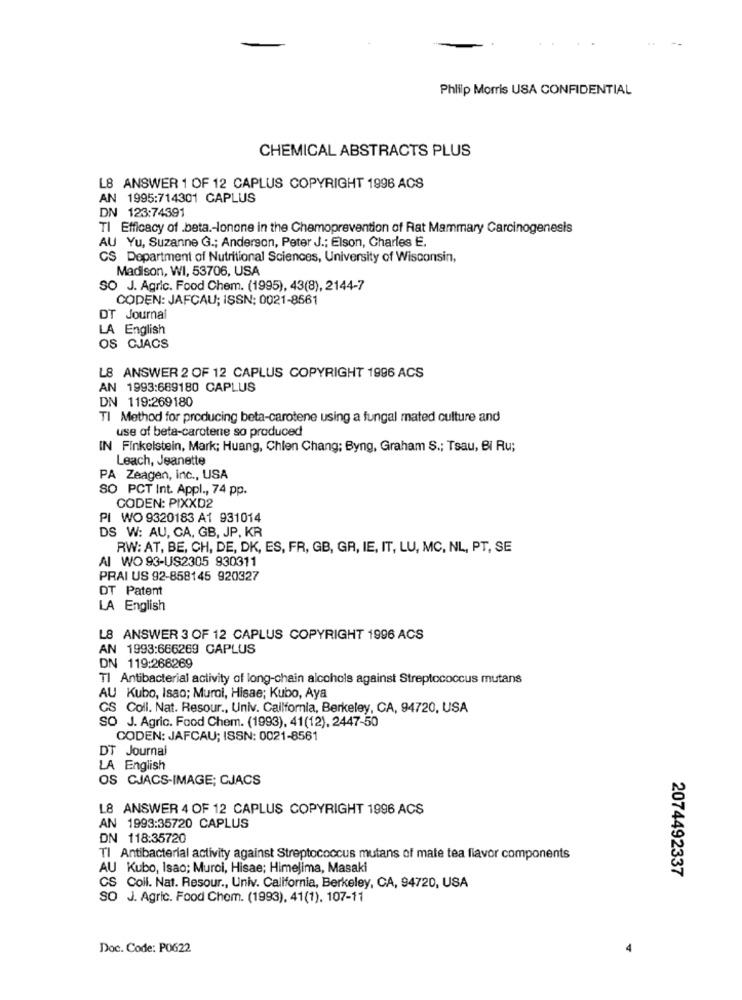
Philip Morris USA CONFIDENTIAL
CHEMICAL ABSTRACTS PLUS
L8 ANSWER 1 OF 12 CAPLUS COPYRIGHT 1996 ACS
AN 1995:714301 CAPLUS
DN 123:74391
TI Efficacy of .beta .- lonone in the Chemoprevention of Rat Mammary Carcinogenesis
AU Yu, Suzanne G .; Anderson, Peter J .; Elson, Charles E.
CS Department of Nutritional Sciences, University of Wisconsin,
Madison, WI, 53706, USA
SO J. Agric. Food Chem. (1995), 43(8), 2144-7
CODEN: JAFCAU; ISSN: 0021-8661
DT Journal
LA English
OS CJACS
L8 ANSWER 2 OF 12 CAPLUS COPYRIGHT 1996 ACS
AN 1993:669180 CAPLUS
DN 119:269180
TI Method for producing beta-carotene using a fungal mated culture and
use of beta-carotene so produced
IN Finkelstein, Mark; Huang, Chlen Chang; Byng, Graham S .; Tsau, BI Ru;
Leach, Jeanette
PA Zeagen, inc ., USA
SO PCT Int. Appl ., 74 pp.
CODEN: PIXXD2
PI WO 9320183 A1 931014
DS W: AU, CA, GB, JP, KR
RW: AT, BE, CH, DE, DK, ES, FR, GB, GR, IE, IT, LU, MC, NL, PT, SE
Al WO 93-US2305 930311
PRAI US 92-858145 920327
DT Patent
LA English
L8 ANSWER 3 OF 12 CAPLUS COPYRIGHT 1996 ACS
AN 1993:666269 GAPLUS
DN 119:268269
Tl Antibacterial activity of long-chain alcohols against Streptococcus mutans
AU Kubo, Isao; Muroi, Hisae; Kubo, Aya
GS Coll. Nat. Resour ., Univ. Callfornia, Berkeley, CA, 94720, USA
SO J. Agric. Food Chem. (1993), 41(12), 2447-50
CODEN: JAFCAU; ISSN: 0021-8561
DT Journal
LA English
OS CJACS-IMAGE; CJACS
L8 ANSWER 4 OF 12 CAPLUS COPYRIGHT 1996 ACS
AN 1993:35720 CAPLUS
DN 118:35720
Tl Antibacterial activity against Streptococcus mutans of mate tea flavor components
AU Kubo, Isao; Muroi, Hisae; Himelima, Masaki
2074492337
CS Coil. Nat. Resour ., Univ. California, Berkeley, CA, 94720, USA
SO J. Agric. Food Chom. (1993), 41(1), 107-11
Doc. Code: P0622